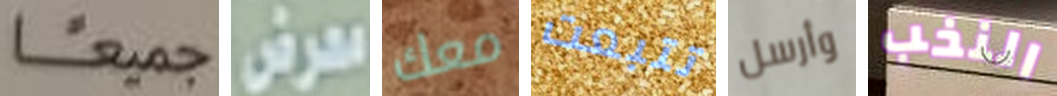
جميعا معرض معك تتبعت وأرسل النخب